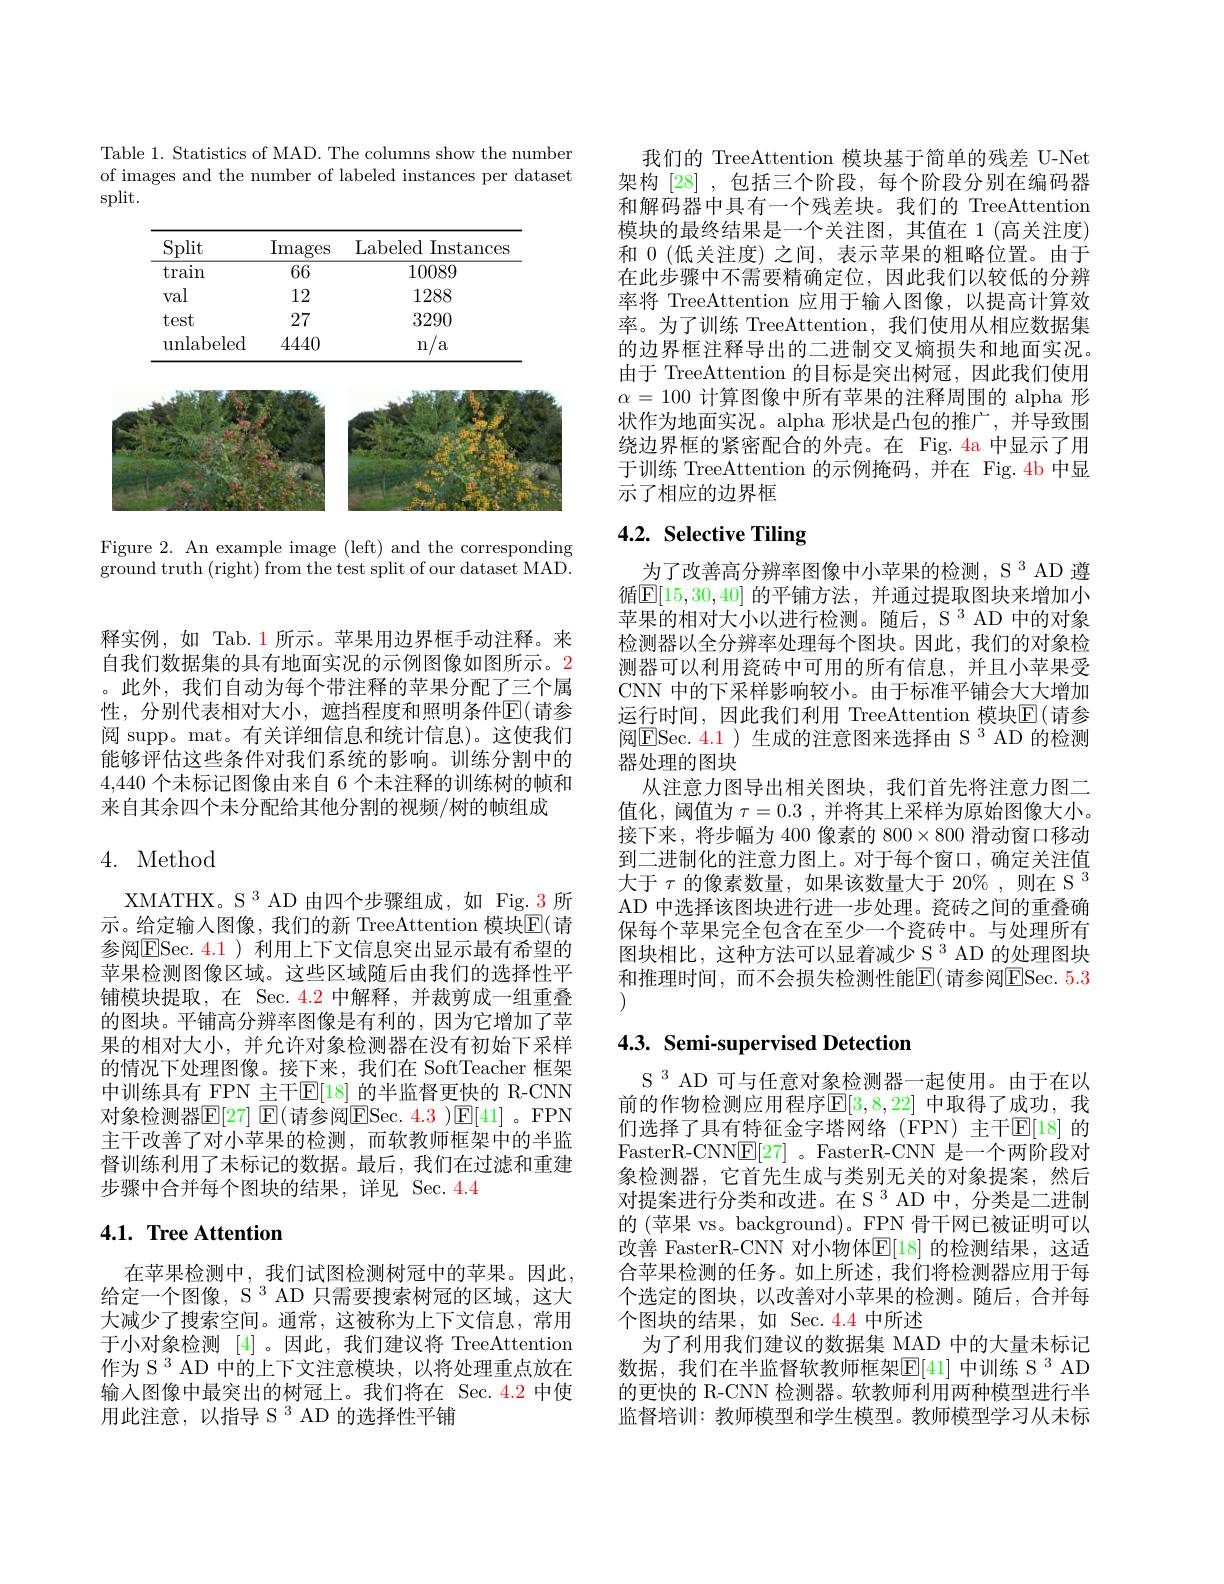
Table 1. Statistics of MAD. The columns show the number of images and the number of labeled instances per dataset split.

<table>
	<tbody>
		<tr>
			<th>Split</th>
			<th>Images</th>
			<th>Labeled Instances</th>
		</tr>
		<tr>
			<td>$\tan$</td>
			<td>66</td>
			<td>10089</td>
		</tr>
		<tr>
			<td>val</td>
			<td>12</td>
			<td>1288</td>
		</tr>
		<tr>
			<td>test</td>
			<td>27</td>
			<td>3290</td>
		</tr>
		<tr>
			<td>$\operatorname{unlabeled}$</td>
			<td>4440</td>
			<td>n/a</td>
		</tr>
	</tbody>
</table>

<FigureHere>

Figure 2. An example image (left) and the corresponding $\operatorname{ground}$truth(right$)\operatorname{from}$the test split of our dataset MAD.

释实例，如 Tab.1 所示。苹果用边界框手动注释。来自我们数据集的具有地面实况的示例图像如图所示。2 。此外，我们自动为每个带注释的苹果分配了三个属性，分别代表相对大小，遮挡程度和照明条件$\mathbb{E}($请参阅 supp。mat。有关详细信息和统计信息)。这使我们能够评估这些条件对我们系统的影响。训练分割中的4,440个未标记图像由来自 6 个未注释的训练树的帧和来自其余四个未分配给其他分割的视频/树的帧组成

## 4. Method

XMATHX。S $^{3}$ AD 由四个步骤组成，如 Fig.3 所示。给定输入图像，我们的新 TreeAttention 模块$\mathbb{E}($请参阅ESec. 4. 1 )利用上下文信息突出显示最有希望的苹果检测图像区域。这些区域随后由我们的选择性平铺模块提取，在 Sec.4.2 中解释，并裁剪成一组重叠的图块。平铺高分辨率图像是有利的，因为它增加了苹果的相对大小，并允许对象检测器在没有初始下采样的情况下处理图像。接下来，我们在 SoftTeacher 框架中训练具有 FPN 主干$\mathbb{E}[18]$ 的半监督更快的 R-CNN 对象检测器$\overline{\mathbb{E}}[27]$ $\mathbb{E}($请参阅$\overline{\mathbb{E}}$Sec. 4.3 )$\mathbb{E}[41]$ 。FPN 主干改善了对小苹果的检测，而软教师框架中的半监督训练利用了未标记的数据。最后，我们在过滤和重建步骤中合并每个图块的结果，详见 Sec.4.4

## 4.1. Tree Attention

在苹果检测中，我们试图检测树冠中的苹果。因此， 给定一个图像，S 3 AD 只需要搜索树冠的区域，这大大减少了搜索空间。通常，这被称为上下文信息，常用于小对象检测[4] 。因此，我们建议将 TreeAttention 作为 S 3 AD 中的上下文注意模块，以将处理重点放在输入图像中最突出的树冠上。我们将在 Sec.4.2 中使用此注意，以指导 S 3 AD 的选择性平铺

我们的 TreeAttention 模块基于简单的残差 U-Net 架构 [28] ,包括三个阶段，每个阶段分别在编码器和解码器中具有一个残差块。我们的 TreeAttention 模块的最终结果是一个关注图，其值在 1(高关注度) 和 0 (低关注度) 之间，表示苹果的粗略位置。由于在此步骤中不需要精确定位，因此我们以较低的分辨率将 TreeAttention 应用于输入图像，以提高计算效率。为了训练 TreeAttention, 我们使用从相应数据集的边界框注释导出的二进制交叉熵损失和地面实况。由于 TreeAttention 的目标是突出树冠，因此我们使用$\alpha=100$计算图像中所有苹果的注释周围的 alpha 形状作为地面实况。alpha 形状是凸包的推广，并导致围绕边界框的紧密配合的外壳。在 Fig.4a 中显示了用于训练 TreeAttention 的示例掩码，并在 Fig.4b 中显示了相应的边界框

# 4.2. Selective Tiling

为了改善高分辨率图像中小苹果的检测，S 3 AD 遵循$\mathbb{E}[15,30,40]$ 的平铺方法，并通过提取图块来增加小苹果的相对大小以进行检测。随后，S 3 AD 中的对象检测器以全分辨率处理每个图块。因此，我们的对象检测器可以利用瓷砖中可用的所有信息，并且小苹果受CNN 中的下采样影响较小。由于标准平铺会大大增加运行时间，因此我们利用 TreeAttention 模块E(请参阅$\boxed{\mathrm{ESec.4.1}}$ )生成的注意图来选择由 S 3 AD 的检测器处理的图块
从注意力图导出相关图块，我们首先将注意力图二值化，阈值为$\tau=0.3$ ,并将其上采样为原始图像大小。接下来，将步幅为 400 像素的 800$\times800$滑动窗口移动到二进制化的注意力图上。对于每个窗口，确定关注值大于$\tau$的像素数量，如果该数量大于 20%,则在 S 3 AD 中选择该图块进行进一步处理。瓷砖之间的重叠确保每个苹果完全包含在至少一个瓷砖中。与处理所有图块相比，这种方法可以显着减少 S 3 AD 的处理图块和推理时间，而不会损失检测性能$\mathbb{E}($请参阅$\mathbb{E}$Sec.5.3 (1)

## $4. 3. \textbf{ Semi- supervised Detection}$

S 3 AD 可与任意对象检测器一起使用。由于在以前的作物检测应用程序$\mathbb{E}[3,8,22]$ 中取得了成功，我们选择了具有特征金字塔网络(FPN) 主干$\mathbb{E}[18]$ 的FasterR-CNN$\underline{\mathrm{E}}[27]$ 。FasterR-CNN 是一个两阶段对象检测器，它首先生成与类别无关的对象提案，然后对提案进行分类和改进。在 S 3 AD 中，分类是二进制的 (苹果 vs。background)。FPN 骨干网已被证明可以改善 FasterR-CNN 对小物体$\mathbb{E}[18]$ 的检测结果，这适合苹果检测的任务。如上所述，我们将检测器应用于每个选定的图块，以改善对小苹果的检测。随后，合并每个图块的结果，如 Sec. 4.4 中所述
为了利用我们建议的数据集 MAD 中的大量未标记数据，我们在半监督软教师框架$\mathbb{E}[41]$ 中训练 S 3 AD 的更快的 R-CNN 检测器。软教师利用两种模型进行半监督培训：教师模型和学生模型。教师模型学习从未标